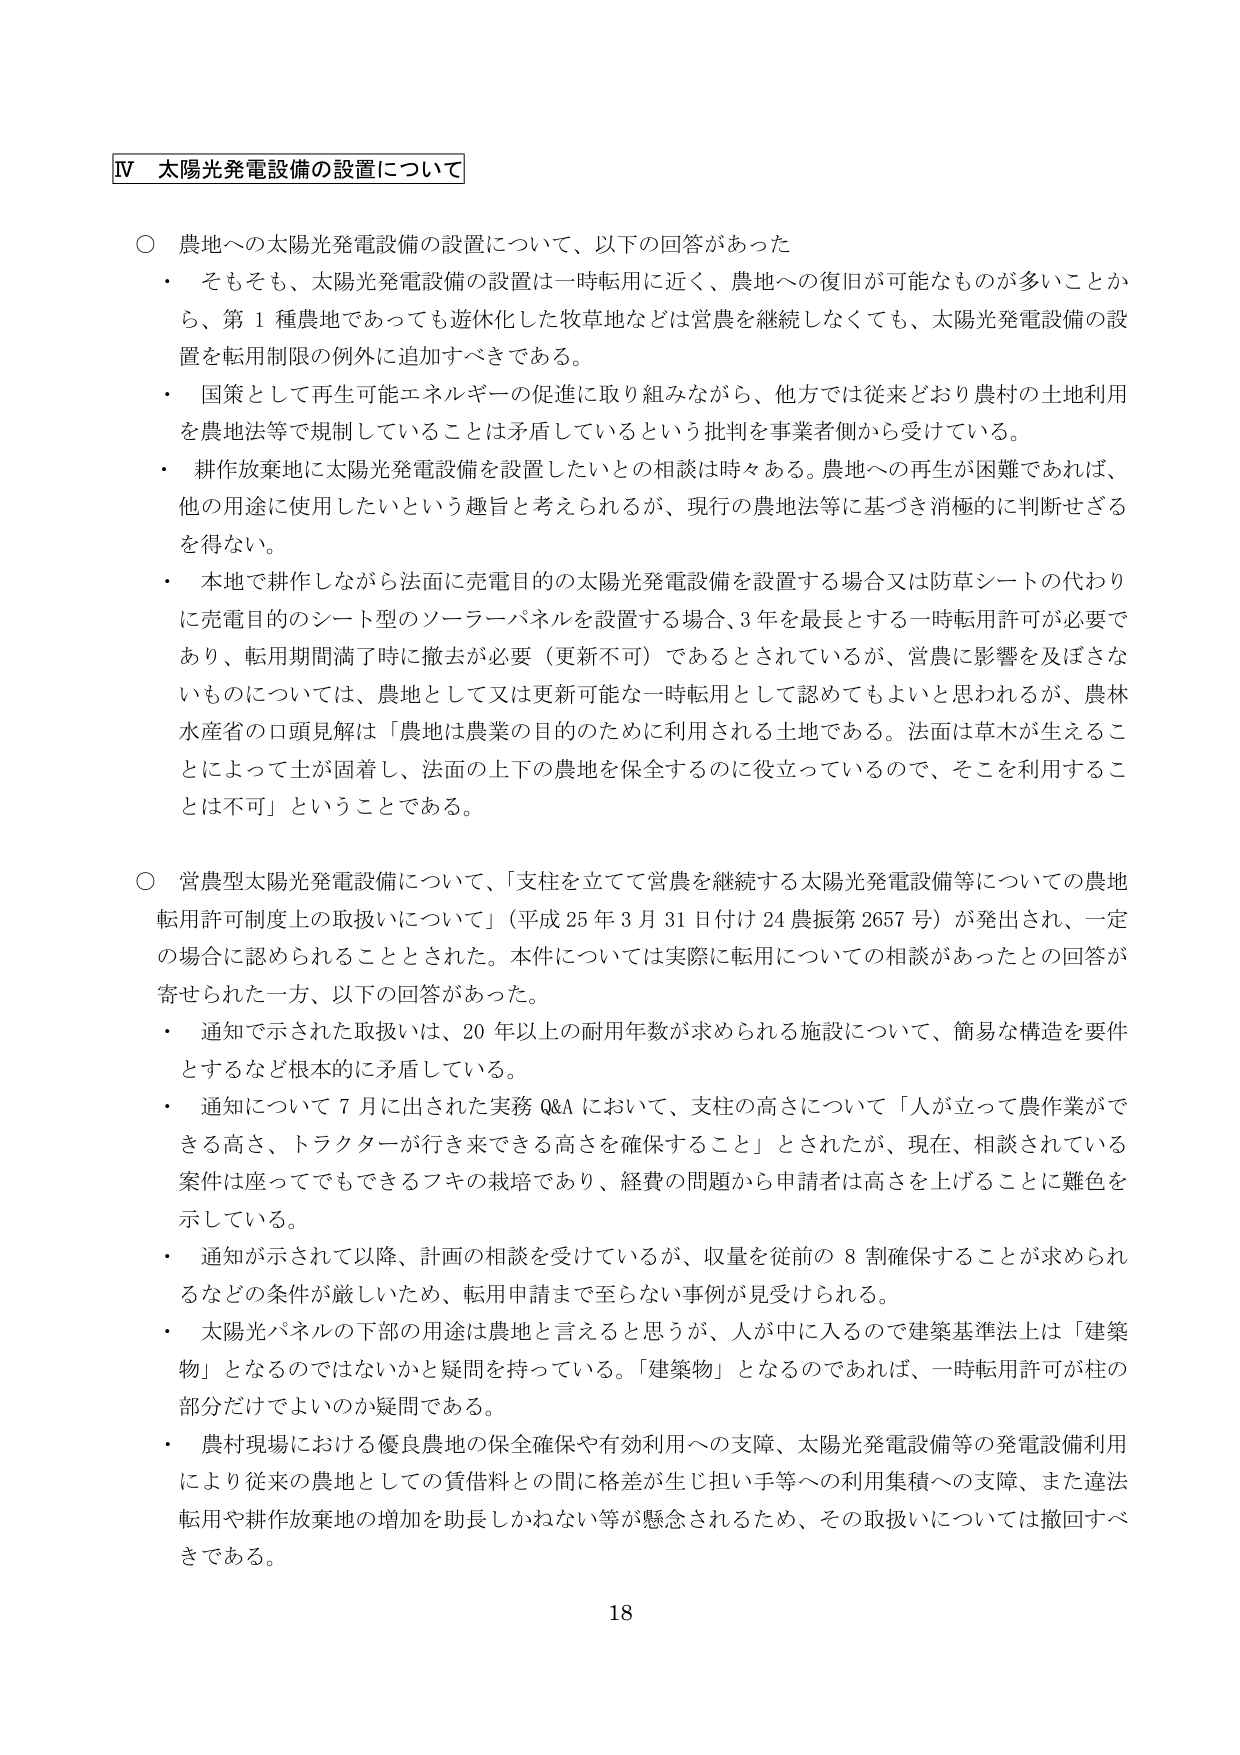
Ⅳ 太陽光発電設備の設置について

○ 農地への太陽光発電設備の設置について、以下の回答があった
・ そもそも、太陽光発電設備の設置は一時転用に近く、農地への復旧が可能なものが多いことから、第１種農地であっても遊休化した牧草地などは営農を継続しなくても、太陽光発電設備の設置を転用制限の例外に追加すべきである。
・ 国策として再生可能エネルギーの促進に取り組みながら、他方では従来どおり農村の土地利用を農地法等で規制していることは矛盾しているという批判を事業者側から受けている。
・ 耕作放棄地に太陽光発電設備を設置したいとの相談は時々ある。農地への再生が困難であれば、他の用途に使用したいという趣旨と考えられるが、現行の農地法等に基づき消極的に判断せざるを得ない。
・ 本地で耕作しながら法面に充電目的の太陽光発電設備を設置する場合又は防草シートの代わりに充電目的のシート型のソーラーパネルを設置する場合、3年を最長とする一時転用許可が必要であり、転用期間満了時に撤去が必要（更新不可）であるとされているが、営農に影響を及ぼさないものについては、農地として又は更新可能な一時転用として認めてもよいと思われるが、農林水産省の口頭見解は「農地は農業の目的のために利用される土地である。法面は草木が生えることによって土が固着し、法面の上下の農地を保全するのに役立っているので、そこを利用することは不可」ということである。

○ 営農型太陽光発電設備について、「支柱を立てて営農を継続する太陽光発電設備等についての農地転用許可制度上の取扱いについて」（平成25年3月31日付け24農振第2657号）が発出され、一定の場合に認められることとされた。本件については実際に転用についての相談があったとの回答が寄せられた一方、以下の回答があった。
・ 通知で示された取扱いは、20年以上の耐用年数が求められる施設について、簡易な構造を要件とするなど根本的に矛盾している。
・ 通知について7月に出された実務Q&Aにおいて、支柱の高さについて「人が立って農作業ができる高さ、トラクターが行き来できる高さを確保すること」とされたが、現在、相談されている案件は座ってでもできるフキの栽培であり、経費の問題から申請者は高さを上げることに難色を示している。
・ 通知が示されて以降、計画の相談を受けているが、収量を従前の8割確保することが求められるなどの条件が厳しいため、転用申請まで至らない事例が見受けられる。
・ 太陽光パネルの下部の用途は農地と言えると思うが、人が中に入るのでは建築基準法上は「建築物」となるのではないかと疑問を持っている。「建築物」となるのであれば、一時転用許可が柱の部分だけでよいのか疑問である。
・ 農村現場における優良農地の保全確保や有効利用への支障、太陽光発電設備等の発電設備利用により従来の農地としての賃借料との間に格差が生じ担い手等への利用集積への支障、また違法転用や耕作放棄地の増加を助長しかねない等が懸念されるため、その取扱いについては撤回すべきである。

18